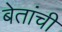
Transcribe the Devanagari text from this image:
बेतांची